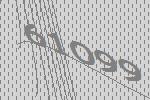
61099